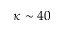
\kappa \sim 4 0